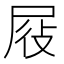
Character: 𭕞